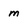
Character: m